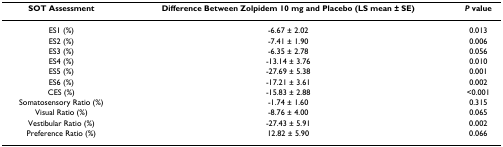
| SOT Assessment | Difference Between Zolpidem 10 mg and Placebo (LS mean ± SE) | P value |
 | --- | --- | --- |
 | ES1 (%) | -6.67 ± 2.02 | 0.013 |
 | ES2 (%) | -7.41 ± 1.90 | 0.006 |
 | ES3 (%) | -6.35 ± 2.78 | 0.056 |
 | ES4 (%) | -13.14 ± 3.76 | 0.010 |
 | ES5 (%) | -27.69 ± 5.38 | 0.001 |
 | ES6 (%) | -17.21 ± 3.61 | 0.002 |
 | CES (%) | -15.83 ± 2.88 | <0.001 |
 | Somatosensory Ratio (%) | -1.74 ± 1.60 | 0.315 |
 | Visual Ratio (%) | -8.76 ± 4.00 | 0.065 |
 | Vestibular Ratio (%) | -27.43 ± 5.91 | 0.002 |
 | Preference Ratio (%) | 12.82 ± 5.90 | 0.066 |